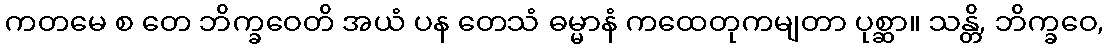
ကတမေ စ တေ ဘိက္ခဝေတိ အယံ ပန တေသံ ဓမ္မာနံ ကထေတုကမျတာ ပုစ္ဆာ။ သန္တိ, ဘိက္ခဝေ,